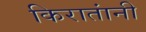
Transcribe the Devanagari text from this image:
किरातांनी